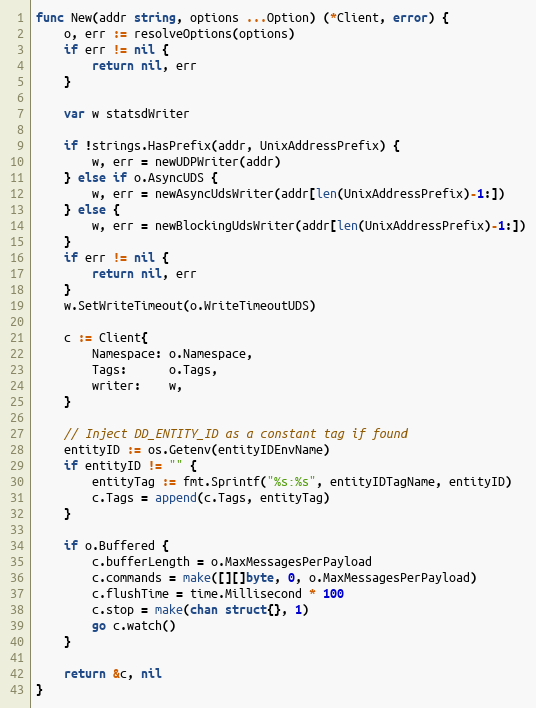
Language: Go
func New(addr string, options ...Option) (*Client, error) {
	o, err := resolveOptions(options)
	if err != nil {
		return nil, err
	}

	var w statsdWriter

	if !strings.HasPrefix(addr, UnixAddressPrefix) {
		w, err = newUDPWriter(addr)
	} else if o.AsyncUDS {
		w, err = newAsyncUdsWriter(addr[len(UnixAddressPrefix)-1:])
	} else {
		w, err = newBlockingUdsWriter(addr[len(UnixAddressPrefix)-1:])
	}
	if err != nil {
		return nil, err
	}
	w.SetWriteTimeout(o.WriteTimeoutUDS)

	c := Client{
		Namespace: o.Namespace,
		Tags:      o.Tags,
		writer:    w,
	}

	// Inject DD_ENTITY_ID as a constant tag if found
	entityID := os.Getenv(entityIDEnvName)
	if entityID != "" {
		entityTag := fmt.Sprintf("%s:%s", entityIDTagName, entityID)
		c.Tags = append(c.Tags, entityTag)
	}

	if o.Buffered {
		c.bufferLength = o.MaxMessagesPerPayload
		c.commands = make([][]byte, 0, o.MaxMessagesPerPayload)
		c.flushTime = time.Millisecond * 100
		c.stop = make(chan struct{}, 1)
		go c.watch()
	}

	return &c, nil
}